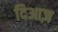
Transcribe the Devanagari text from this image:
दिआज़